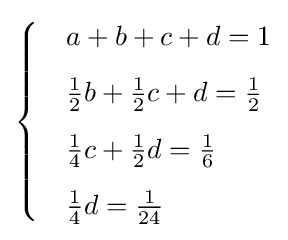
{\begin{cases}&a+b+c+d=1\\[6pt]&{\frac {1}{2}}b+{\frac {1}{2}}c+d={\frac {1}{2}}\\[6pt]&{\frac {1}{4}}c+{\frac {1}{2}}d={\frac {1}{6}}\\[6pt]&{\frac {1}{4}}d={\frac {1}{24}}\end{cases}}